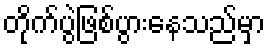
တိုက်ပွဲဖြစ်ပွားနေသည်မှာ